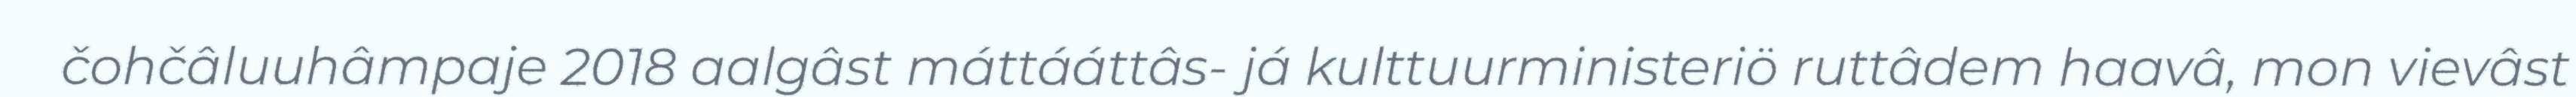
čohčâluuhâmpaje 2018 aalgâst máttááttâs- já kulttuurministeriö ruttâdem haavâ, mon vievâst